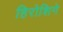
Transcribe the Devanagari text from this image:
हिरोशिगे